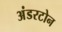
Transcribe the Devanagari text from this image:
अंडरटोन